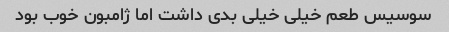
سوسیس طعم خیلی خیلی بدی داشت اما ژامبون خوب بود